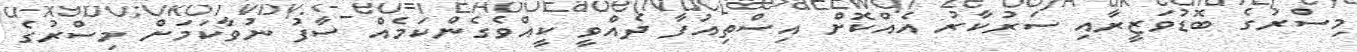
މިސްރުގެ ބޮޑުވަޒީރާއި ސަރުކާރު އެއްކޮށް އިސްތިއުފާ ދެއްވީ ކީއްވެގެންކަމެއް ސާފު ނުވާކަމަށް މިސްރުގެ